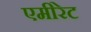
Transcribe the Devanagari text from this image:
एमीरेट